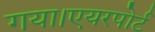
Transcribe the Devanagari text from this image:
गया।एयरपोर्ट